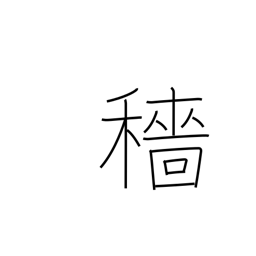
Meaning: harvest